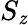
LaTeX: S_{\mathit{z}}